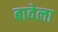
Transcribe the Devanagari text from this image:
बावेला